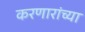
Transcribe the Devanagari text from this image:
करणारांच्या